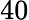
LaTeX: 40